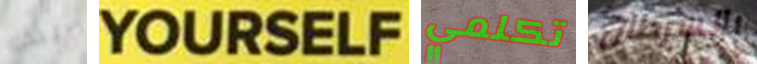
يبدو YOURSELF تكلمي بالسرطان